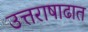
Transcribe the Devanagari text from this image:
उत्तराषाढात